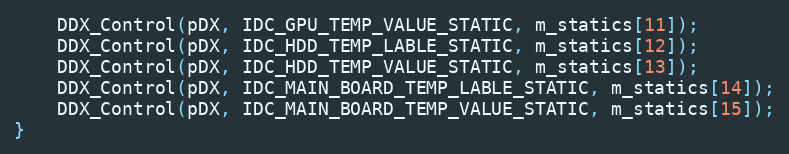
Language: C++
    DDX_Control(pDX, IDC_GPU_TEMP_VALUE_STATIC, m_statics[11]);
    DDX_Control(pDX, IDC_HDD_TEMP_LABLE_STATIC, m_statics[12]);
    DDX_Control(pDX, IDC_HDD_TEMP_VALUE_STATIC, m_statics[13]);
    DDX_Control(pDX, IDC_MAIN_BOARD_TEMP_LABLE_STATIC, m_statics[14]);
    DDX_Control(pDX, IDC_MAIN_BOARD_TEMP_VALUE_STATIC, m_statics[15]);
}